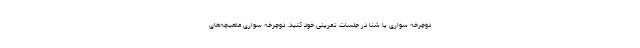
دوچرخه سواری یا شنا در جلسات تمرینی خود کنید. دوچرخه سواری ماهیچه­های